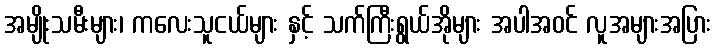
အမျိုးသမီးများ၊ ကလေးသူငယ်များ နှင့် သက်ကြီးရွယ်အိုများ အပါအဝင် လူအများအပြား